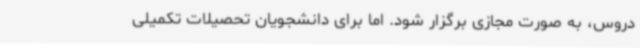
دروس، به صورت مجازی برگزار شود. اما برای دانشجویان تحصیلات تکمیلی